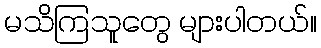
မသိကြသူတွေ များပါတယ်။